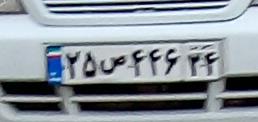
۲۵ص۴۴۶۳۴